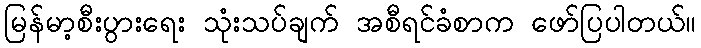
မြန်မာ့စီးပွားရေး သုံးသပ်ချက် အစီရင်ခံစာက ဖော်ပြပါတယ်။